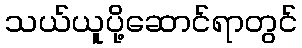
သယ်ယူပို့ဆောင်ရာတွင်